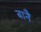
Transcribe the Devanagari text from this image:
बानैं